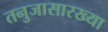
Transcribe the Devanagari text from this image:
तनुजासारख्या